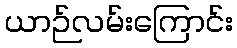
ယာဉ်လမ်းကြောင်း